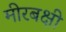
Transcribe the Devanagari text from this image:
मीरबक्षी